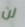
لن